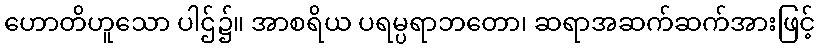
ဟောတိဟူသော ပါဌ်၌။ အာစရိယ ပရမ္ပရာဘတော၊ ဆရာအဆက်ဆက်အားဖြင့်